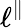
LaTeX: \ell^{\parallel}